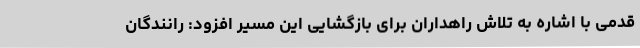
قدمی با اشاره به تلاش راهداران برای بازگشایی این مسیر افزود: رانندگان